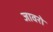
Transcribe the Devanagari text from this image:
जावरो